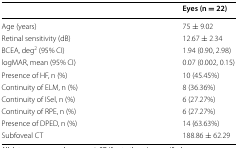
<table><thead><tr><td>[EMPTY_CELL]</td><td><b>Eyes (n = 22)</b></td></tr></thead><tbody><tr><td>Age (years)</td><td>75 ± 9.02</td></tr><tr><td>Retinal sensitivity (dB)</td><td>12.67 ± 2.34</td></tr><tr><td>BCEA, deg<sup>2</sup> (95% CI)</td><td>1.94 (0.90, 2.98)</td></tr><tr><td>logMAR, mean (95% CI)</td><td>0.07 (0.002, 0.15)</td></tr><tr><td>Presence of HF, n (%)</td><td>10 (45.45%)</td></tr><tr><td>Continuity of ELM, n (%)</td><td>8 (36.36%)</td></tr><tr><td>Continuity of ISel, n (%)</td><td>6 (27.27%)</td></tr><tr><td>Continuity of RPE, n (%)</td><td>6 (27.27%)</td></tr><tr><td>Presence of DPED, n (%)</td><td>14 (63.63%)</td></tr><tr><td>Subfoveal CT</td><td>188.86 ± 62.29</td></tr></tbody></table>